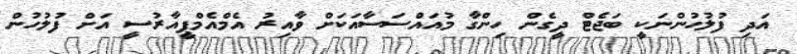
އަދި ފުލުހުންނަކީ ބަޖެޓް ދީގެން ހިންގާ މުއައްސަސާއަކަށް ވާއިރު އެމްއެމްޕީއާރުސީ އަށް ފުލުހުން